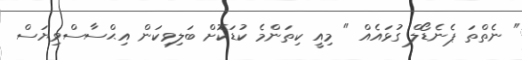
" ނެތްތަ ޕެނެޑޯލް ގުޅައެއް " މިއީ ކިތަންމެ ކުޑަކޮށް ބަލިވިކަން އިޙްސާސްވިޔަސް